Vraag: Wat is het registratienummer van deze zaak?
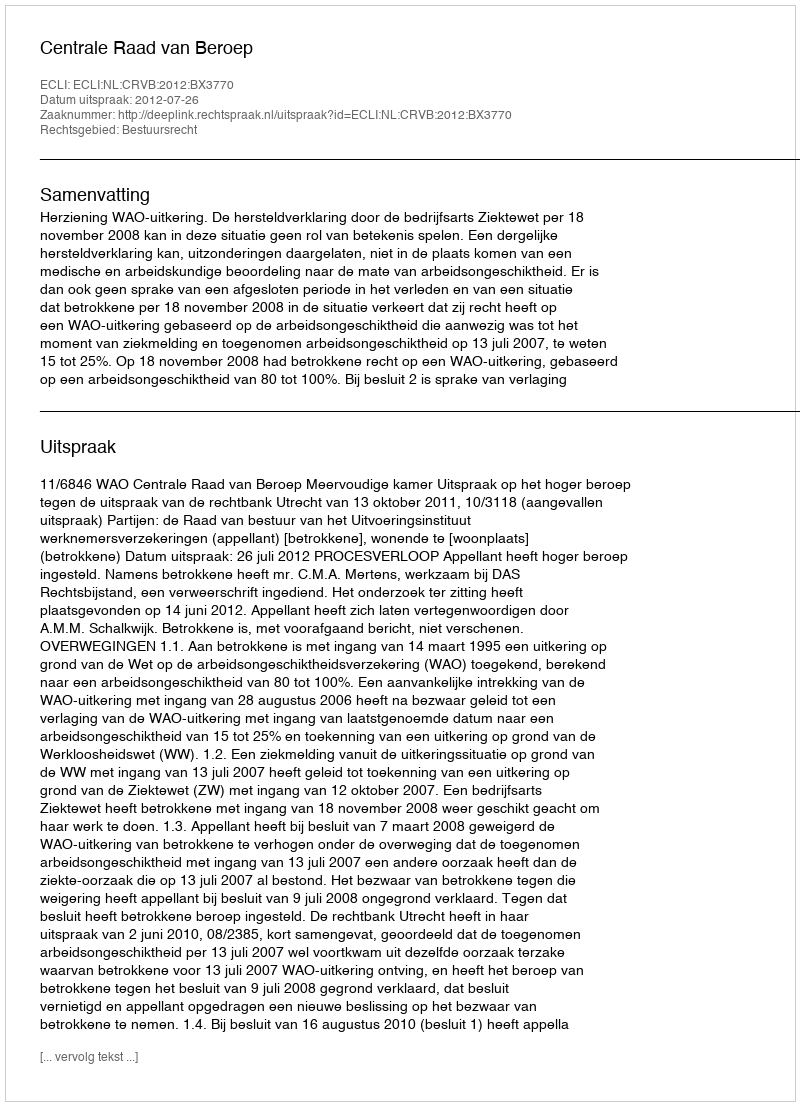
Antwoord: http://deeplink.rechtspraak.nl/uitspraak?id=ECLI:NL:CRVB:2012:BX3770